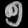
Digit: ၅